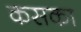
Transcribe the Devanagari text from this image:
कसका